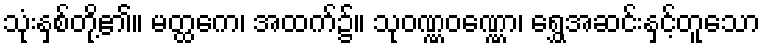
သုံးနှစ်တို့၏။ မတ္ထကေ၊ အထက်၌။ သုဝဏ္ဏဝဏ္ဏော၊ ရွှေအဆင်းနှင့်တူသော